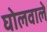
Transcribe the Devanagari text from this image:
घोलवाले